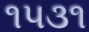
૧૫૩૧